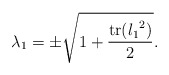
\begin{align*}\lambda_1 = \pm \sqrt{\displaystyle 1+\frac{\operatorname{tr}({l_1}^2)}{2}}.\end{align*}